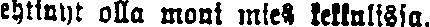
ehtinyt olla moni mies kettulissa.